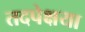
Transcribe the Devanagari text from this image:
तदपेक्षया